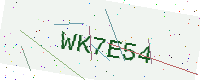
Text: WK7E54